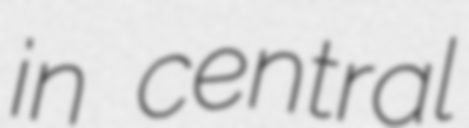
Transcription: in central